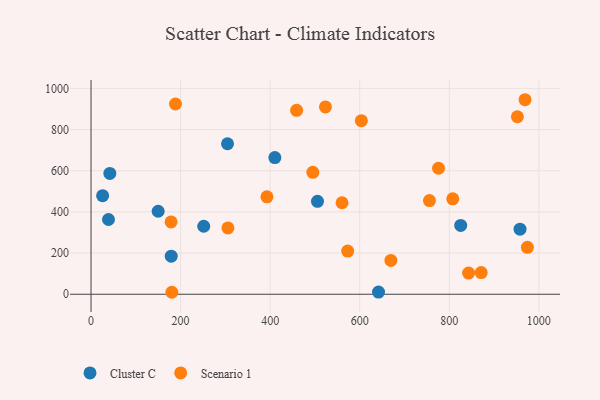
{"axis": {"x": "Distance", "y": "Demand"}, "legend": ["Cluster C", "Scenario 1"], "data": [{"x": "825.5", "y": 334.4, "type": "Cluster C"}, {"x": "251.7", "y": 330.3, "type": "Cluster C"}, {"x": "39.0", "y": 363.2, "type": "Cluster C"}, {"x": "25.9", "y": 478.9, "type": "Cluster C"}, {"x": "505.7", "y": 451.6, "type": "Cluster C"}, {"x": "304.8", "y": 731.1, "type": "Cluster C"}, {"x": "410.5", "y": 664.1, "type": "Cluster C"}, {"x": "42.0", "y": 587.1, "type": "Cluster C"}, {"x": "179.1", "y": 184.9, "type": "Cluster C"}, {"x": "149.9", "y": 403.2, "type": "Cluster C"}, {"x": "958.0", "y": 316.0, "type": "Cluster C"}, {"x": "642.0", "y": 10.5, "type": "Cluster C"}, {"x": "669.6", "y": 164.3, "type": "Scenario 1"}, {"x": "560.5", "y": 444.6, "type": "Scenario 1"}, {"x": "495.3", "y": 592.3, "type": "Scenario 1"}, {"x": "523.5", "y": 910.1, "type": "Scenario 1"}, {"x": "459.1", "y": 893.7, "type": "Scenario 1"}, {"x": "969.2", "y": 945.0, "type": "Scenario 1"}, {"x": "188.6", "y": 924.2, "type": "Scenario 1"}, {"x": "952.1", "y": 862.3, "type": "Scenario 1"}, {"x": "573.1", "y": 209.9, "type": "Scenario 1"}, {"x": "603.6", "y": 843.2, "type": "Scenario 1"}, {"x": "807.8", "y": 463.4, "type": "Scenario 1"}, {"x": "392.9", "y": 473.4, "type": "Scenario 1"}, {"x": "305.7", "y": 322.2, "type": "Scenario 1"}, {"x": "755.7", "y": 455.0, "type": "Scenario 1"}, {"x": "776.0", "y": 612.1, "type": "Scenario 1"}, {"x": "843.1", "y": 102.8, "type": "Scenario 1"}, {"x": "974.4", "y": 228.0, "type": "Scenario 1"}, {"x": "871.3", "y": 105.3, "type": "Scenario 1"}, {"x": "178.8", "y": 351.3, "type": "Scenario 1"}, {"x": "180.5", "y": 9.6, "type": "Scenario 1"}]}